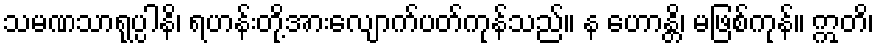
သမဏသာရုပ္ပါနိ၊ ရဟန်းတို့အားလျောက်ပတ်ကုန်သည်။ န ဟောန္တိ၊ မဖြစ်ကုန်။ ဣတိ၊